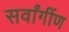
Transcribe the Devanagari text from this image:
सर्वांगींण